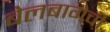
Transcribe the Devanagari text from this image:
बेलबागेची